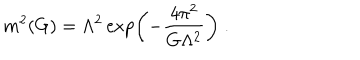
m ^ { 2 } ( G ) = \Lambda ^ { 2 } \exp \left( - \frac { 4 \pi ^ { 2 } } { G \Lambda ^ { 2 } } \right) \; .